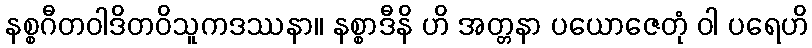
နစ္စဂီတဝါဒိတဝိသူကဒဿနာ။ နစ္စာဒီနိ ဟိ အတ္တနာ ပယောဇေတုံ ဝါ ပရေဟိ